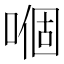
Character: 嗰